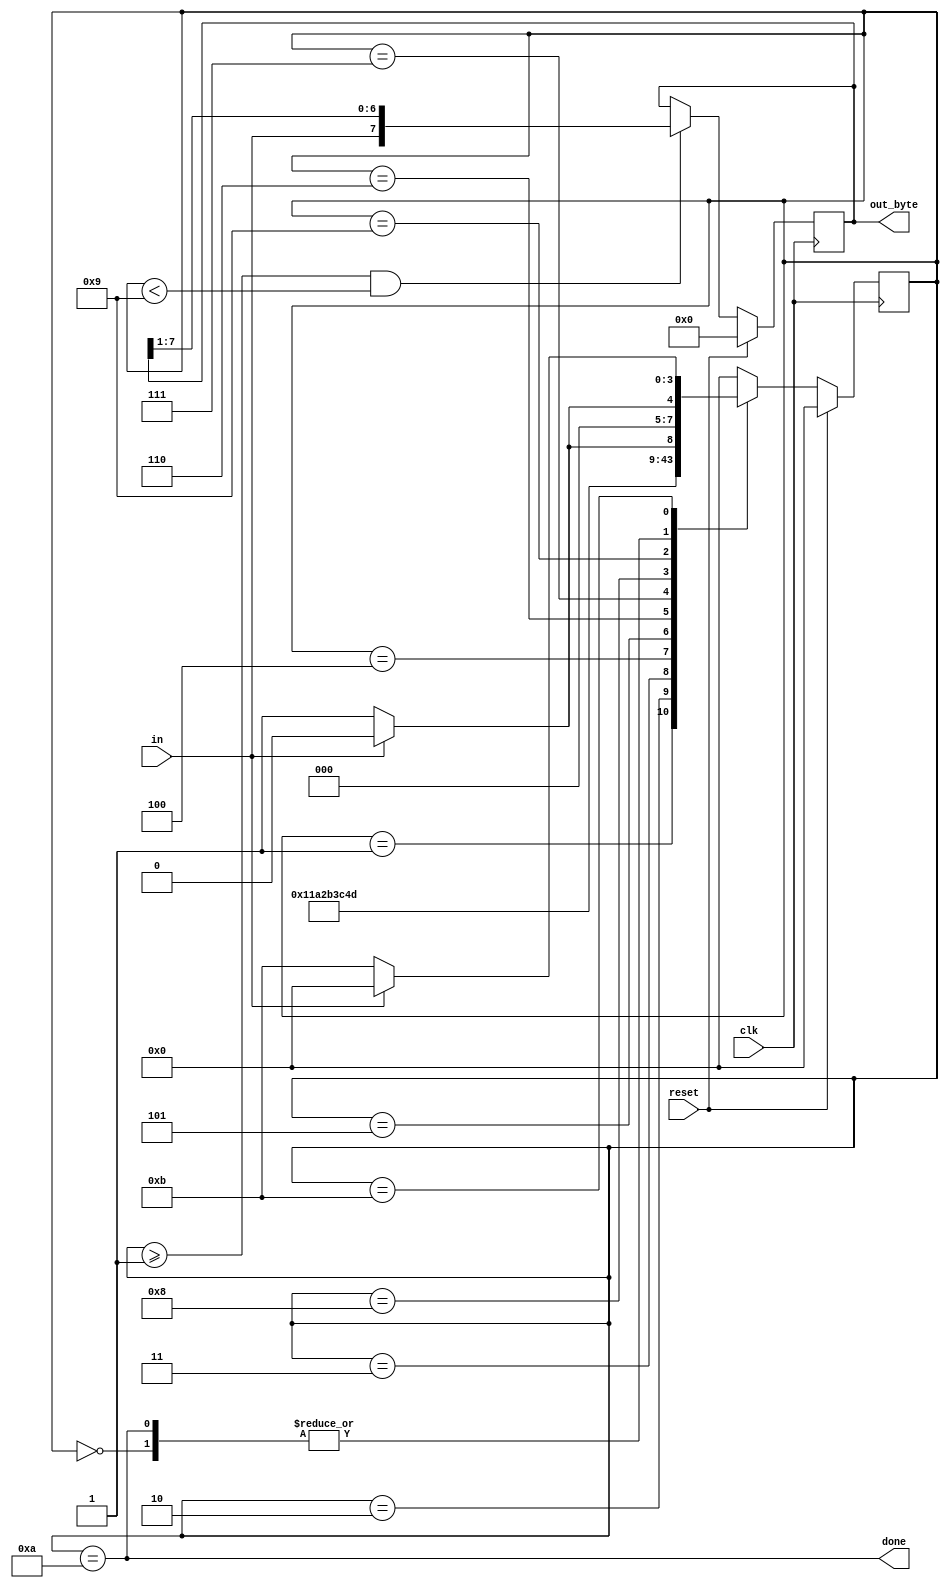
//2022_11_9 kerong
//Serial receiver and datapath
module top_module(
    input clk,
    input in,
    input reset,    // Synchronous reset
    output reg [7:0] out_byte,
    output done
); //
    // Use FSM from Fsm_serial
    reg [3:0] state, next_state;
    parameter IDLE  = 4'd0;
    parameter START = 4'd1;
    parameter S1    = 4'd2;
    parameter S2    = 4'd3;
    parameter S3    = 4'd4;
    parameter S4    = 4'd5;
    parameter S5    = 4'd6;
    parameter S6    = 4'd7;
    parameter S7    = 4'd8;
    parameter S8    = 4'd9;
    parameter STOP  = 4'd10;
    parameter ERROR = 4'd11;

    always @(posedge clk) begin
        if(reset)begin
            state <= IDLE;
        end
        else begin
            state <= next_state;
        end
    end
    
    always @(*) begin
        case(state)
            IDLE    : next_state = in ? IDLE : START;
            START   : next_state = S1;
            S1      : next_state = S2;
            S2      : next_state = S3;
            S3      : next_state = S4;
            S4      : next_state = S5;
            S5      : next_state = S6;
            S6      : next_state = S7;
            S7      : next_state = S8;
            S8      : next_state = in ? STOP : ERROR;
            STOP    : next_state = in ? IDLE : START;
            ERROR   : next_state = in ? IDLE : ERROR;
            default : next_state = IDLE;

        endcase
    end
    // New: Datapath to latch input bits.
    always @(posedge clk)begin
        if(reset)begin
            out_byte <= 8'd0;
        end
        else begin
            if(state >= START && state <S8)begin
                out_byte <= {in,out_byte[7:1]};
            end
            else begin
                out_byte <= out_byte;
            end
        end
    end
    assign done = (state == STOP);
    

   

endmodule